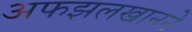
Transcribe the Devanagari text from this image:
अफझलखानने